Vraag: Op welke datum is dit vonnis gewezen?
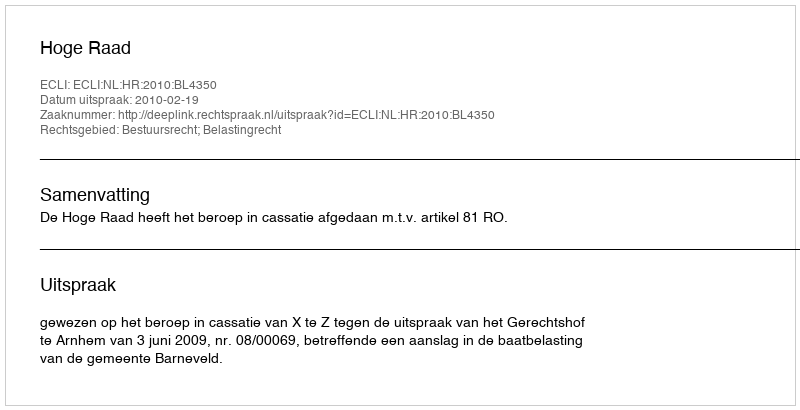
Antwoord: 2010-02-19